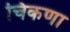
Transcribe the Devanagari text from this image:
चिकणा